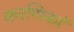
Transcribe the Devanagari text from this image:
करणिकां